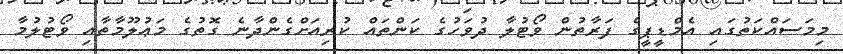
މިމަސައްކަތުގައި އެމްޑީޕީގެ ފަރާތުން ވޯޓުލާ ދުވަހުގެ ކަންތައް ކުރިއަށްގެންދާނެ ގޮތުގެ މަޢުލޫމާތާއި ވޯޓުލުމާ